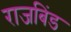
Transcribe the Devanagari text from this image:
राजबिंड